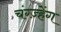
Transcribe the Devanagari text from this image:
चंग्ज़्हेंग